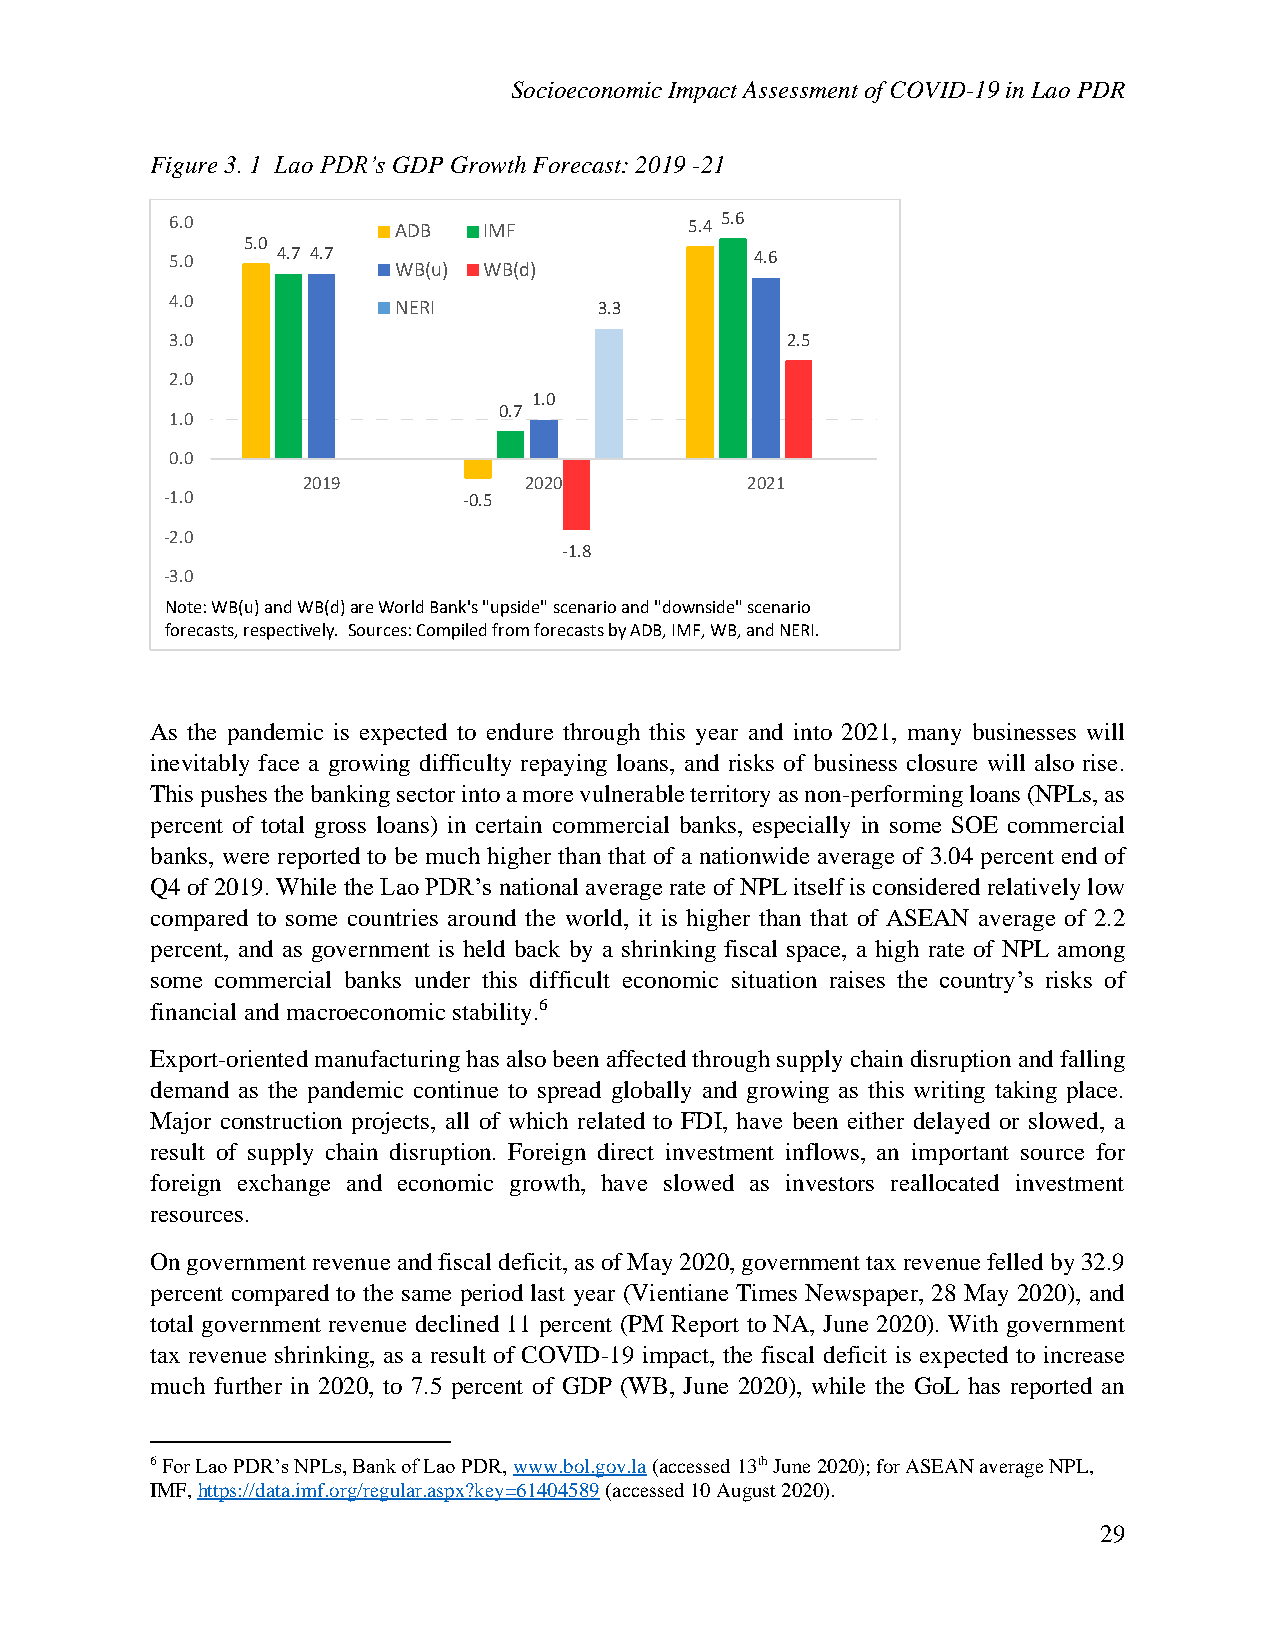
Socioeconomic Impact Assessment of COVID-19 in Lao PDR
 Figure 3. 1 Lao PDR’s GDP Growth Forecast: 2019 -21
 6.0            ADB   IMF           5.4 5.6
 5.0
 5.0    4.7 4.7                         4.6
 WB(u) WB(d)
 4.0            NERI          3.3
 3.0                                      2.5
 2.0
 1.0
 0.7
 1.0
 0.0
 2019           2020          2021
 -1.0                -0.5
 -2.0
 -1.8
 -3.0
 Note: WB(u) and WB(d)are World Bank's "upside" scenario and "downside" scenario
 forecasts, respectively. Sources: Compiled from forecasts by ADB, IMF, WB, and NERI.
 As the pandemic is expected to endure through this year and into 2021, many businesses will
 inevitably face a growing difficulty repaying loans, and risks of business closure will also rise.
 This pushes the banking sector into a more vulnerable territory as non-performing loans (NPLs, as
 percent of total gross loans) in certain commercial banks, especially in some SOE commercial
 banks, were reported to be much higher than that of a nationwide average of 3.04 percent end of
 Q4 of 2019. While the Lao PDR’s national average rate of NPL itself is considered relatively low
 compared to some countries around the world, it is higher than that of ASEAN average of 2.2
 percent, and as government is held back by a shrinking fiscal space, a high rate of NPL among
 some commercial banks under this difficult economic situation raises the country’s risks of
 financial and macroeconomic stability.6
 Export-oriented manufacturing has also been affected through supply chain disruption and falling
 demand as the pandemic continue to spread globally and growing as this writing taking place.
 Major construction projects, all of which related to FDI, have been either delayed or slowed, a
 result of supply chain disruption. Foreign direct investment inflows, an important source for
 foreign exchange and economic growth, have slowed as investors reallocated investment
 resources.
 On government revenue and fiscal deficit, as of May 2020, government tax revenue felled by 32.9
 percent compared to the same period last year (Vientiane Times Newspaper, 28 May 2020), and
 total government revenue declined 11 percent (PM Report to NA, June 2020). With government
 tax revenue shrinking, as a result of COVID-19 impact, the fiscal deficit is expected to increase
 much further in 2020, to 7.5 percent of GDP (WB, June 2020), while the GoL has reported an
 6 For Lao PDR’s NPLs, Bank of Lao PDR, www.bol.gov.la (accessed 13th June 2020); for ASEAN average NPL,
 IMF, https://data.imf.org/regular.aspx?key=61404589 (accessed 10 August 2020).
 29